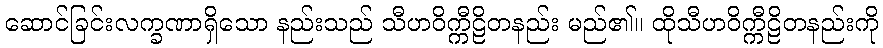
ဆောင်ခြင်းလက္ခဏာရှိသော နည်းသည် သီဟဝိက္ကီဠိတနည်း မည်၏။ ထိုသီဟဝိက္ကီဠိတနည်းကို